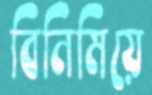
বিনিমিয়ে